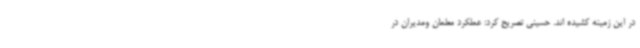
در این زمینه کشیده اند. حسینی تصریح کرد: عملکرد معلمان ومدیران در